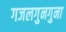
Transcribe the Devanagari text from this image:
गजलगुनगुना